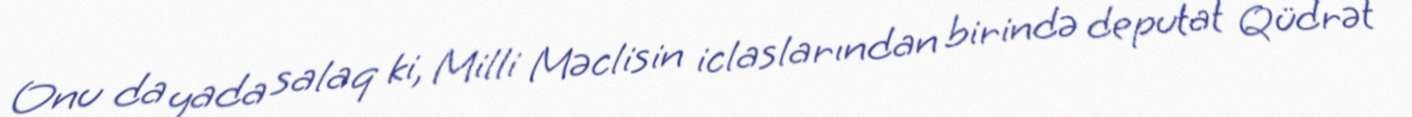
Onu da yada salaq ki, Milli Məclisin iclaslarından birində deputat Qüdrət